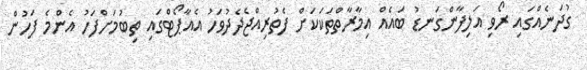
ގުދަނެއްގައި ރޯވި އަލިފާންގަނޑު ބައެއް އިމާރާތްތަކަކަށް ފެތުރިއްޖެދެދުވަހު އެއާޕޯޓްގައި ތިބުމަށްފަހު އެންމެ ފަހުން